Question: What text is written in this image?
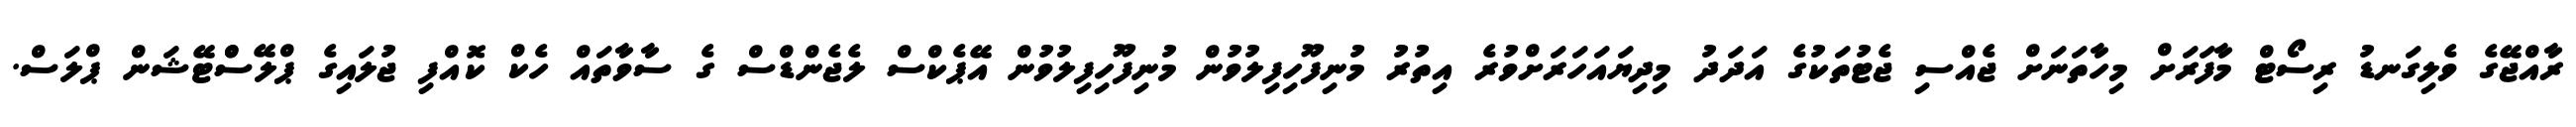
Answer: ރާއްޖޭގެ ވެލިގަނޑު ރިސޯޓް މާފަރަށް މިހާތަނަށް ޖެއްސި ޖެޓުތަކުގެ އަދަދު މިދިޔައަހަރަށްވުރެ އިތުރު މުނިފޫހިފިލުވުން މުނިފޫހިފިލުވުން އޭޕެކްސް ލެޖެންޑްސް ގެ ސާވާތައް ހެކް ކޮއްފި ޖުލައިގެ ޕްލޭސްްޓޭޝަން ޕްލަސް.